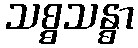
သစ္စသန္ဓာ